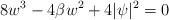
\begin{align*}8w^3-4\beta w^2+4|\psi|^2=0\end{align*}